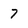
Character: 7